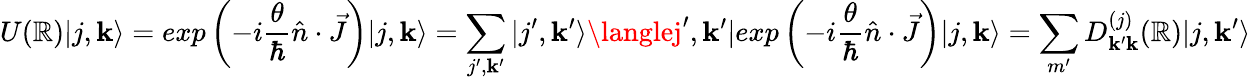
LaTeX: U(\mathbb{R})|j,\mathbf{k}\rangle=exp\left({-i{\frac{{\theta}}{{\hbar}}}{\hat{{n}}}\cdot{\vec{{J}}}}\right)|j,\mathbf{k}\rangle=\sum_{j^{\prime},\mathbf{k}^{\prime}}|j^{\prime},\mathbf{k}^{\prime}\rangle\langlej^{\prime},\mathbf{k}^{\prime}|exp\left({-i{\frac{{\theta}}{{\hbar}}}{\hat{{n}}}\cdot{\vec{{J}}}}\right)|j,\mathbf{k}\rangle=\sum_{m^{\prime}}D_{\mathbf{k}^{\prime}\mathbf{k}}^{(j)}(\mathbb{R})|j,\mathbf{k}^{\prime}\rangle